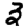
Digit: 3